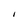
Character: I